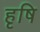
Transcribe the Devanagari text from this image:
हृषि